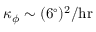
\kappa _ { \phi } \sim ( 6 ^ { \circ } ) ^ { 2 } / \mathrm { h r }